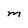
Character: M